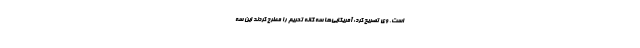
است. وی تصریح کرد: آمریکایی‌ها سه گانه تحریم را مطرح کردند این سه